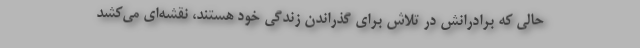
حالی که برادرانش در تلاش برای گذراندن زندگی خود هستند، نقشه‌ای می‌کشد